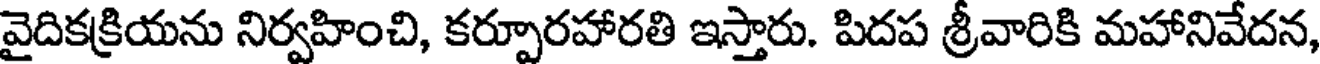
వైదికక్రియను నిర్వహించి, కర్పూరహారతి ఇస్తారు. పిదప శ్రీవారికి మహానివేదన,